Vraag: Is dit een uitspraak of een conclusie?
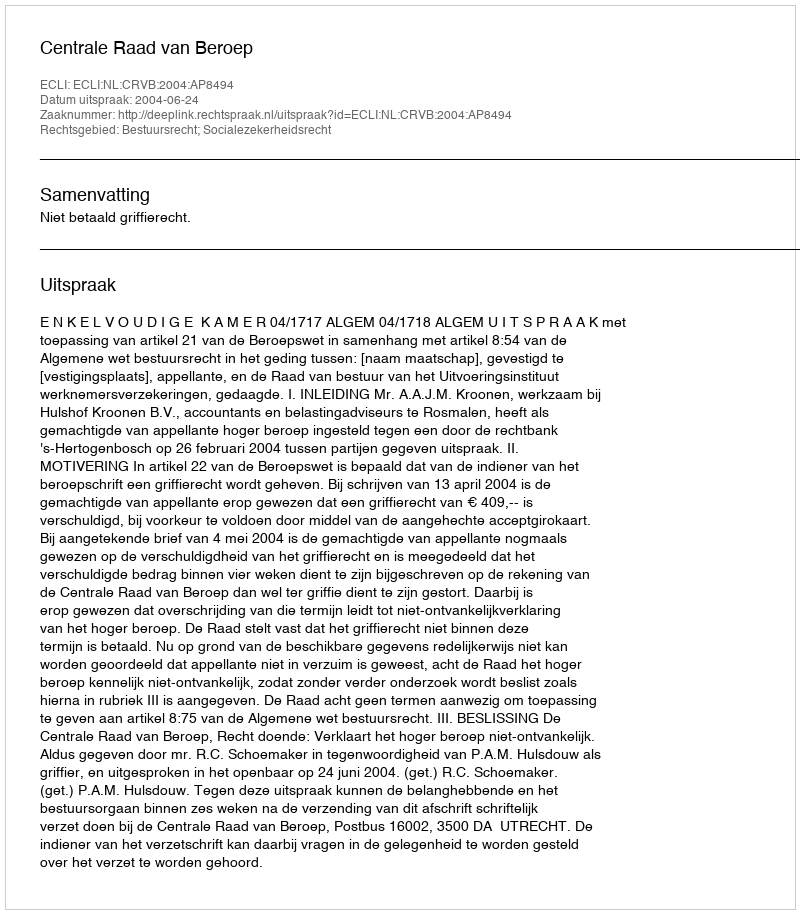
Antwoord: Uitspraak